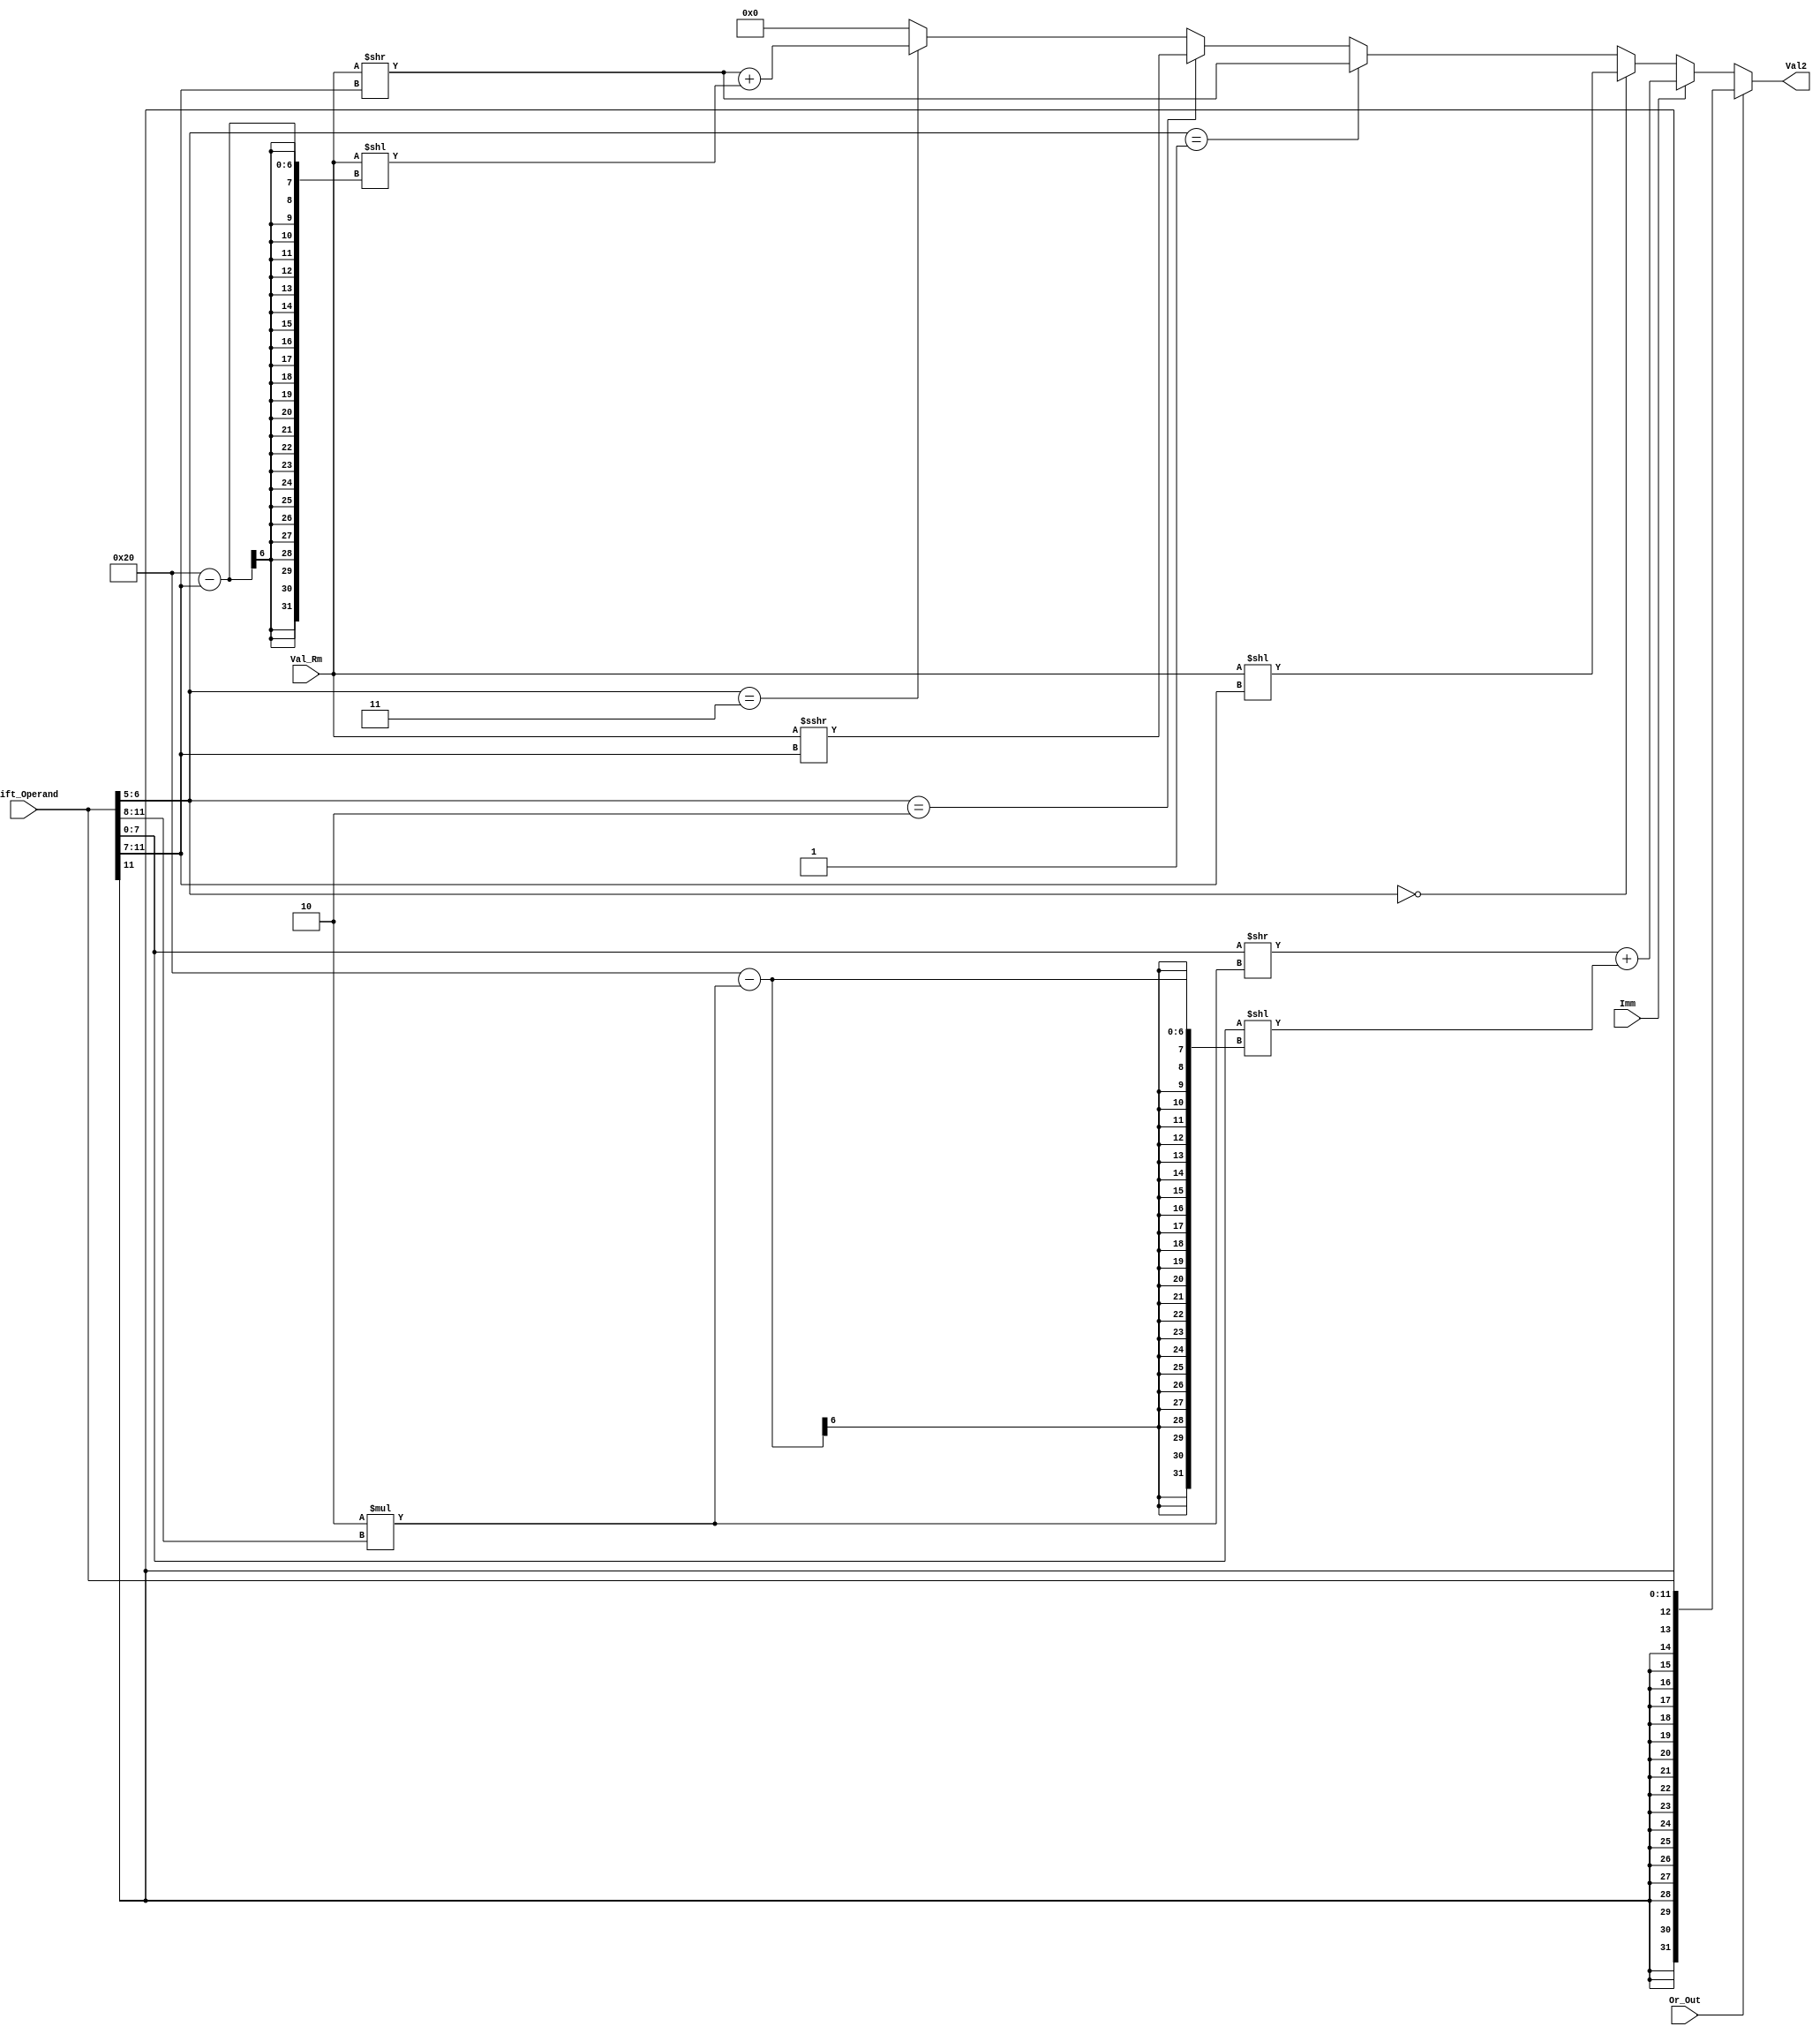
module Val_Generate 
(
    input Imm, Or_Out,
    input [11:0] Shift_Operand,
    input [31:0] Val_Rm,
    
    output [31:0] Val2 
);
    assign Val2 = (Or_Out) ? {{20{Shift_Operand[11]}},Shift_Operand[11:0]}:
                  (Imm)    ? ({24'b0, Shift_Operand[7:0]} >> (2 * Shift_Operand[11:8])) 
                           + ({24'b0, Shift_Operand[7:0]} << (32 - 2 * Shift_Operand[11:8])):
                  (Shift_Operand[6:5] == 2'b00) ? Val_Rm << Shift_Operand[11:7]:
                  (Shift_Operand[6:5] == 2'b01) ? Val_Rm >> Shift_Operand[11:7]:
                  (Shift_Operand[6:5] == 2'b10) ? Val_Rm >>> Shift_Operand[11:7]:
                  (Shift_Operand[6:5] == 2'b11) ? (Val_Rm >> Shift_Operand[11:7]) 
                                                + (Val_Rm << (32 - Shift_Operand[11:7])):
                  32'b0000_0000_0000_0000_0000_0000_0000_0000;

endmodule